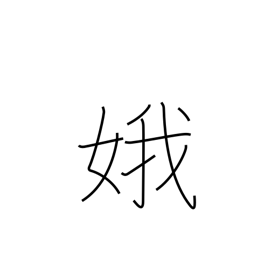
Meaning: beautiful